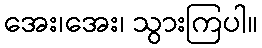
အေး၊အေး၊ သွားကြပါ။